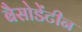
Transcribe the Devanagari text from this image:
बैसोडेंटीन